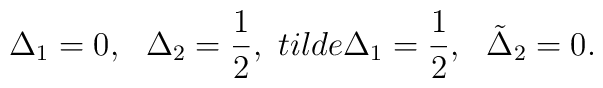
\Delta_1 = 0,  \ \ \Delta_2 = \frac{1}{2},\ \ \\tilde \Delta_1 = \frac{1}{2}, \ \ \tilde \Delta_2 = 0.